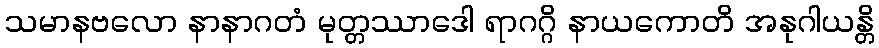
သမာနဗလော နာနာဂတံ မုတ္တဿာဒေါ ရာဂဂ္ဂိ နာယကောတိ အနုဂါယန္တိ